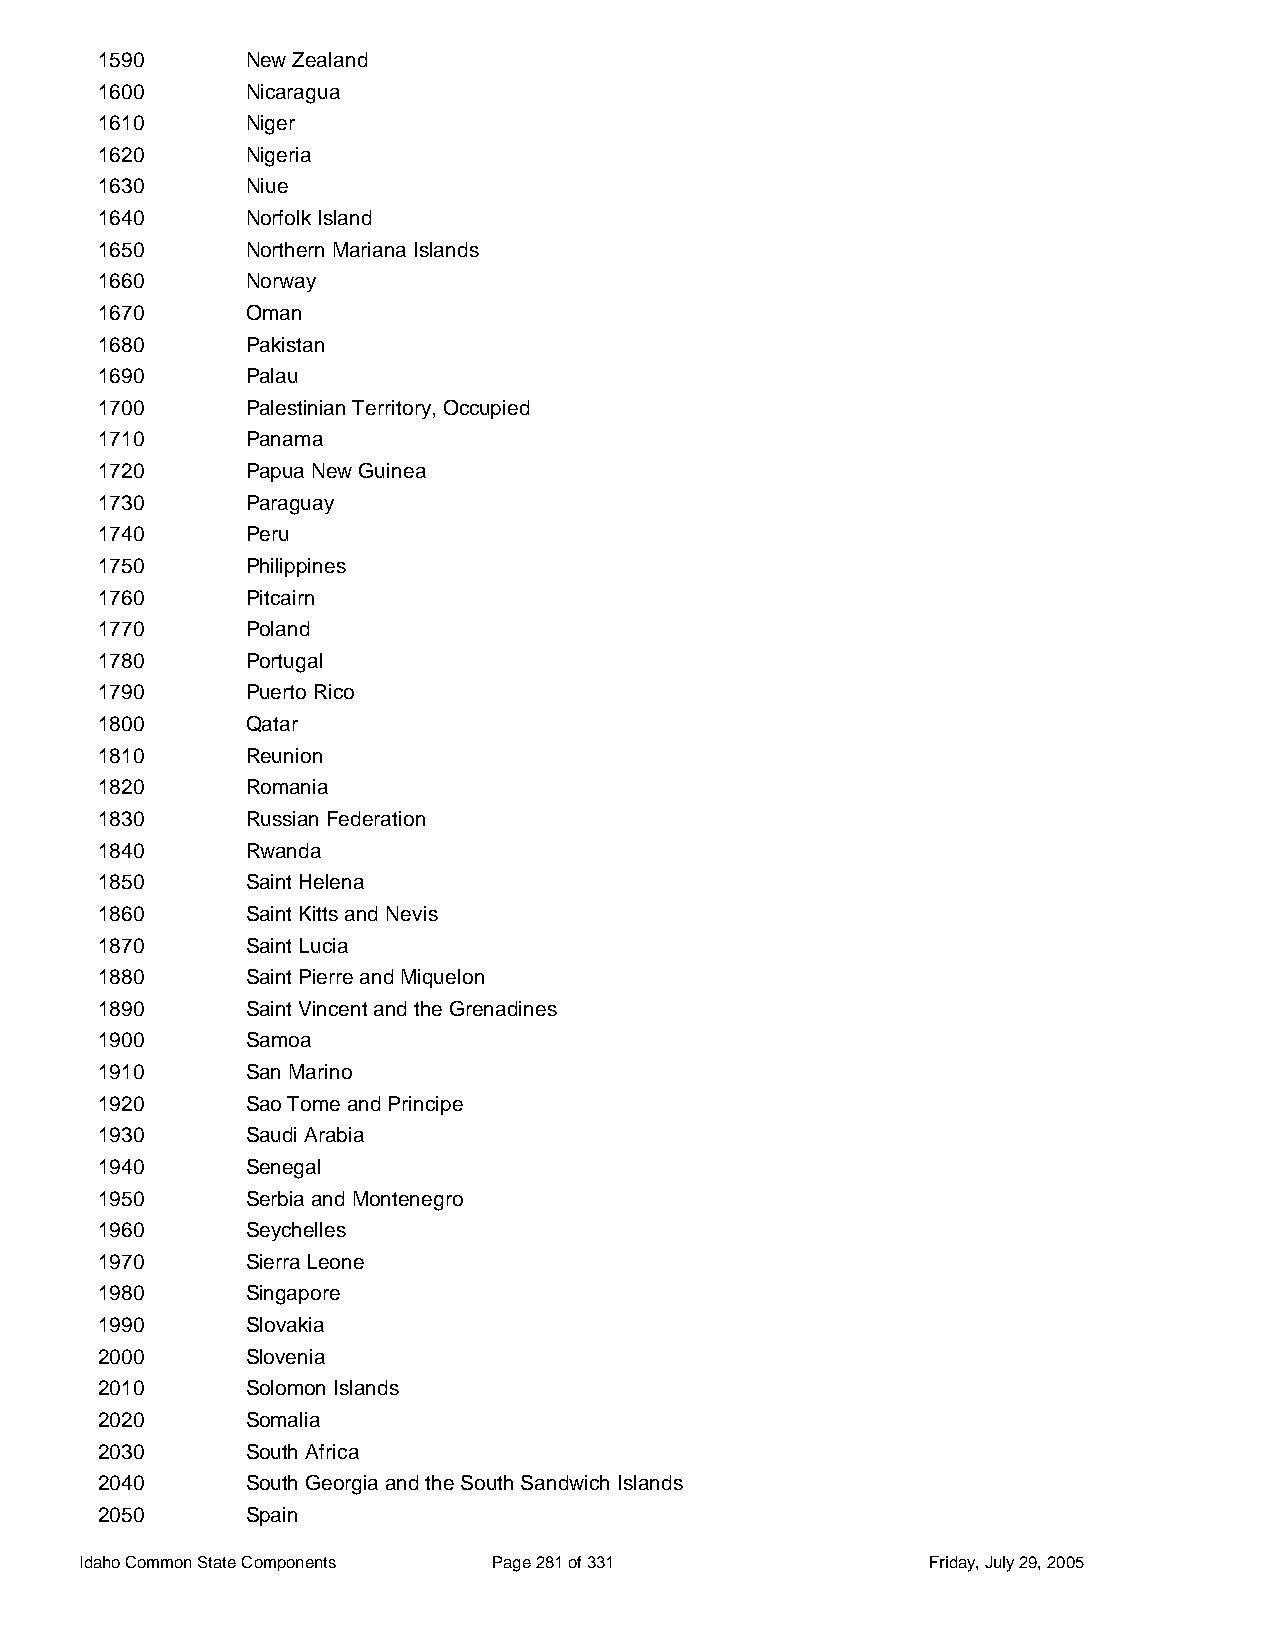
1590      New Zealand
 1600      Nicaragua
 1610      Niger
 1620      Nigeria
 1630      Niue
 1640      Norfolk Island
 1650      Northern Mariana Islands
 1660      Norway
 1670      Oman
 1680      Pakistan
 1690      Palau
 1700      Palestinian Territory, Occupied
 1710      Panama
 1720      Papua New Guinea
 1730      Paraguay
 1740      Peru
 1750      Philippines
 1760      Pitcairn
 1770      Poland
 1780      Portugal
 1790      Puerto Rico
 1800      Qatar
 1810      Reunion
 1820      Romania
 1830      Russian Federation
 1840      Rwanda
 1850      Saint Helena
 1860      Saint Kitts and Nevis
 1870      Saint Lucia
 1880      Saint Pierre and Miquelon
 1890      Saint Vincent and the Grenadines
 1900      Samoa
 1910      San Marino
 1920      Sao Tome and Principe
 1930      Saudi Arabia
 1940      Senegal
 1950      Serbia and Montenegro
 1960      Seychelles
 1970      Sierra Leone
 1980      Singapore
 1990      Slovakia
 2000      Slovenia
 2010      Solomon Islands
 2020      Somalia
 2030      South Africa
 2040      South Georgia and the South Sandwich Islands
 2050      Spain
 Idaho Common State Components Page 281 of 331           Friday, July 29, 2005